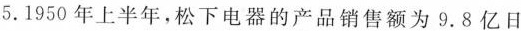
5.1950年上半年，松下电器的产品销售额为9.8亿日